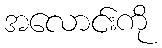
အလောင်းကို